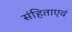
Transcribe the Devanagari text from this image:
संहिताएवं